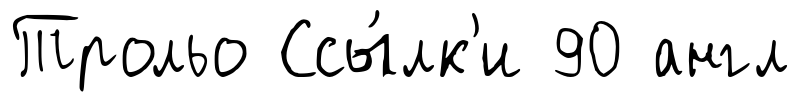
Трольо Ссы́лк'и 90 англ